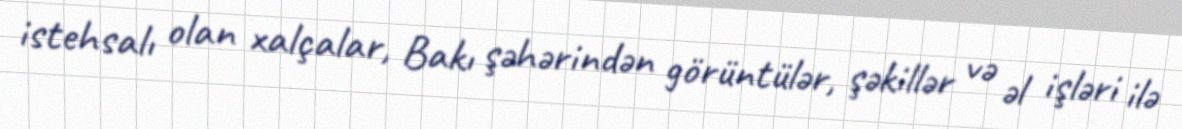
istehsalı olan xalçalar, Bakı şəhərindən görüntülər, şəkillər və əl işləri ilə